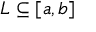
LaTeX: L \subseteq [ a , b ]